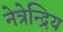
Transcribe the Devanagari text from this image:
नेत्रेन्द्रिय